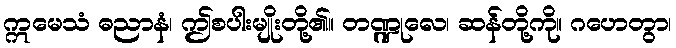
ဣမေသံ ဓညာနံ၊ ဤစပါးမျိုးတို့၏။ တဏ္ဍုလေ၊ ဆန်တို့ကို။ ဂဟေတွာ၊